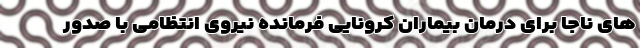
های ناجا برای درمان بیماران کرونایی فرمانده نیروی انتظامی با صدور